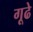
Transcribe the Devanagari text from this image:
गूढे